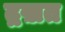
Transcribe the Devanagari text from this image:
द्रख़त